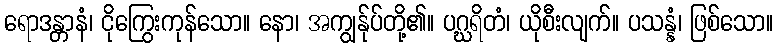
ရောဒန္တာနံ၊ ငိုကြွေးကုန်သော။ နော၊ အကျွန်ုပ်တို့၏။ ပဂ္ဃရိတံ၊ ယိုစီးလျက်။ ပသန္နံ၊ ဖြစ်သော။